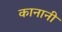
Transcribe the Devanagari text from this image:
कानानी